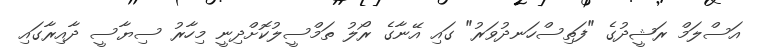
އަސްލަމް ރަޝީދުގެ "ފަތިސްހަނދުވަރު" ގައި އޭނާގެ ރޯލު ތަމްސީލުކޮށްދިނީ މިހާރު ސިޔާސީ ދާއިރާގައި